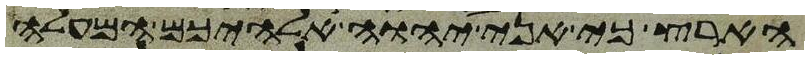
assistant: הארץ כי אני יהוה אלהיכם המעלה